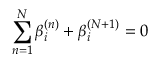
\sum _ { n = 1 } ^ { N } \beta _ { i } ^ { ( n ) } + \beta _ { i } ^ { ( N + 1 ) } = 0